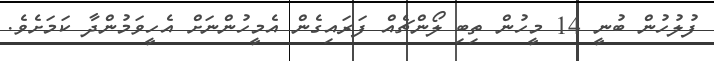
ފުލުހުން ބުނީ 14 މީހުން ތިބި ލޯންޗެއް ފަރައިގެން އެމީހުންނަށް އެހީވަމުންދާ ކަމަށެވެ.